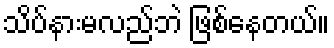
သိပ်နားမလည်ဘဲ ဖြစ်နေတယ်။